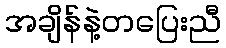
အချိန်နဲ့တပြေးညီ